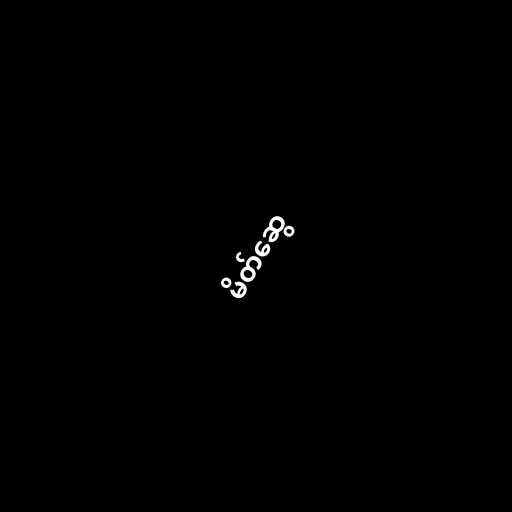
မိတ်ဆွေ